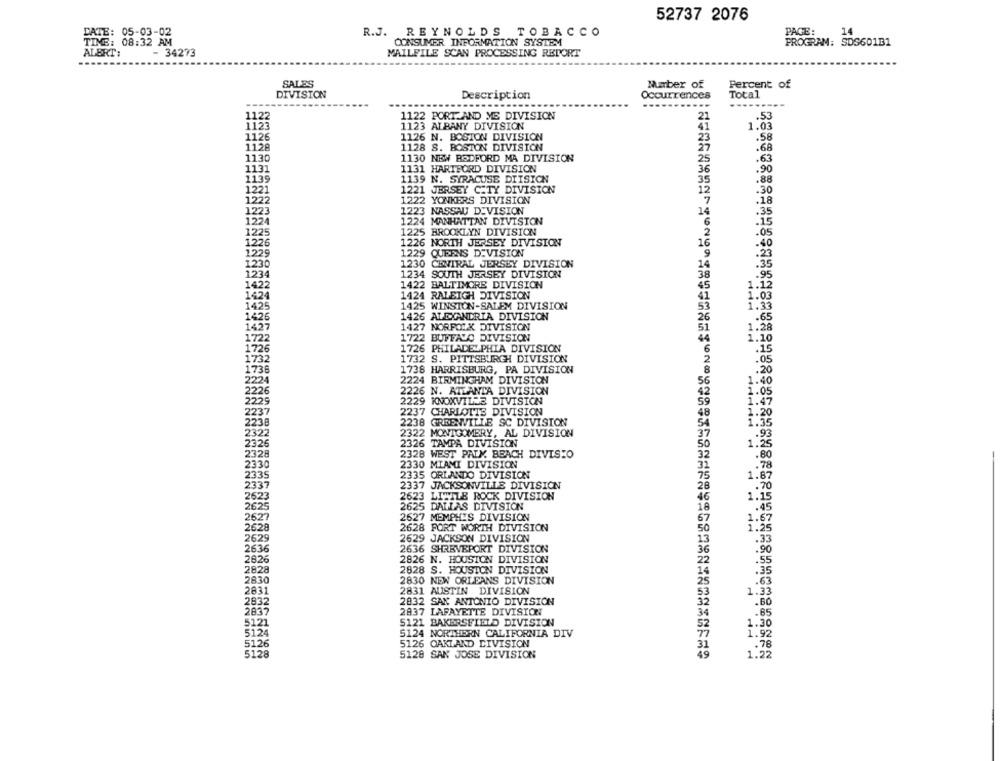
52737 2076
PAGE:
14
DATE:
R.J. REYNOLDS TOBACCO
08:32
CONSUMER INFORMATION SYSTEM
PROGRAM: SDS601B1
ALBRT:
- 34273
MAILFILE SCAN PROCESSING REPORT
SALES
Maber of
Percent of
DIVISION
Description
Occurrences
Total
.......
---
1122
21
1122 PORT AND ME DIVISION
.53
1123
1123 ALBANY DIVISION
41
1.03
1126
1126 N. BOSTON DIVISION
23
.58
1128 S. BOSTON DIVISION
.68
1130
1130 NEW BEDFORD MA DIVISION
25
.63
1131
1131 HARTFORD DIVISION
36
.90
1139
1139 N. SYRACUSE DIISION
35
.88
1221
1221 JERSEY CITY DIVISION
12
.30
1222
1222 YONKERS DIVISION
7
.18
1223
1223 NASSAU DIVISION
14
.35
1224
1224 MANHATTAN DIVISION
6
225
1225 BROOKLYN DIVISION
2
:05
1226
1226 NORTH JERSEY DIVISION
1229 QUEENS DIVISION
-40
229
.23
1230
1230 CENTRAL JERSEY DIVISION
.35
1234 SOUTH JERSEY DIVISION
.95
1422 BALTIMORE DIVISION
1.12
1424
1424 RALEIGH DIVISION
1.03
1425 WINSTON-SALEM DIVISION
1425
1.33
1426 ALEXANDRIA DIVISION
.65
1427
1427 NORFOLK DIVISION
1.28
722
1722 BUFFALO DIVISION
1.10
1726 PHILADELPHIA DIVISION
.15
1732 S. PITTSBURGH DIVISION
.05
1738 HARRISBURG, PA DIVISION
.20
2224 BIRMINGHAM DIVISION
56
1.40
2226 N. ATLANTA DIVISION
1.05
2229 KNOXVILLE DIVISION
59
1.47
2237 CHARLOTTE DIVISION
48
1.20
2238 GREENVILLE SC DIVISION
54
1.35
2322 MONTGOMERY, AL DIVISION
37
.93
2326 TAMPA DIVISION
50
1.25
2328 WEST PALM BEACH DIVISIO
32
.80
2330
2330 MIAMI DIVISION
32
.78
2335
2335 ORLANDO DIVISION
75
1.87
2337
2337 JACKSONVILLE DIVISION
28
.70
2623
2623 LITTLE ROCK DIVISION
46
1.15
2625 DALLAS DIVISION
18
.45
2627 MEMPHIS DIVISION
67
1.67
2628 FORT WORTH DIVISION
50
1.25
2629 JACKSON DIVISION
13
.33
2636 SHREVEPORT DIVISION
36
.90
2826 N. HOUSTON DIVISION
22
.55
2828 S. HOUSTON DIVISION
14
.35
2830
2830 NEW ORLEANS DIVISION
25
.63
2831
2831 AUSTIN DIVISION
53
1.33
2832
2832 SAN ANTONIO DIVISION
32
2837
2837 LAFAYETTE DIVISION
34
.85
5121
5121 BAKERSFIELD DIVISION
1.
5124
5124 NORTHERN CALIFORNIA DIV
5126
5126 OAKLAND DIVISION
.76
5128
5128 SAN JOSE DIVISION
1.22